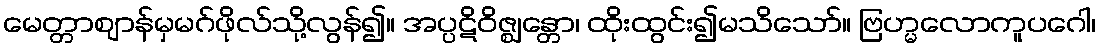
မေတ္တာဈာန်မှမဂ်ဖိုလ်သို့လွန်၍။ အပ္ပဋိဝိဇ္ဈန္တော၊ ထိုးထွင်း၍မသိသော်။ ဗြဟ္မလောကူပဂေါ၊